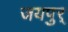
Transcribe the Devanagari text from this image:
जयपुर्